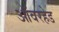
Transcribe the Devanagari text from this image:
ऑवरहेड